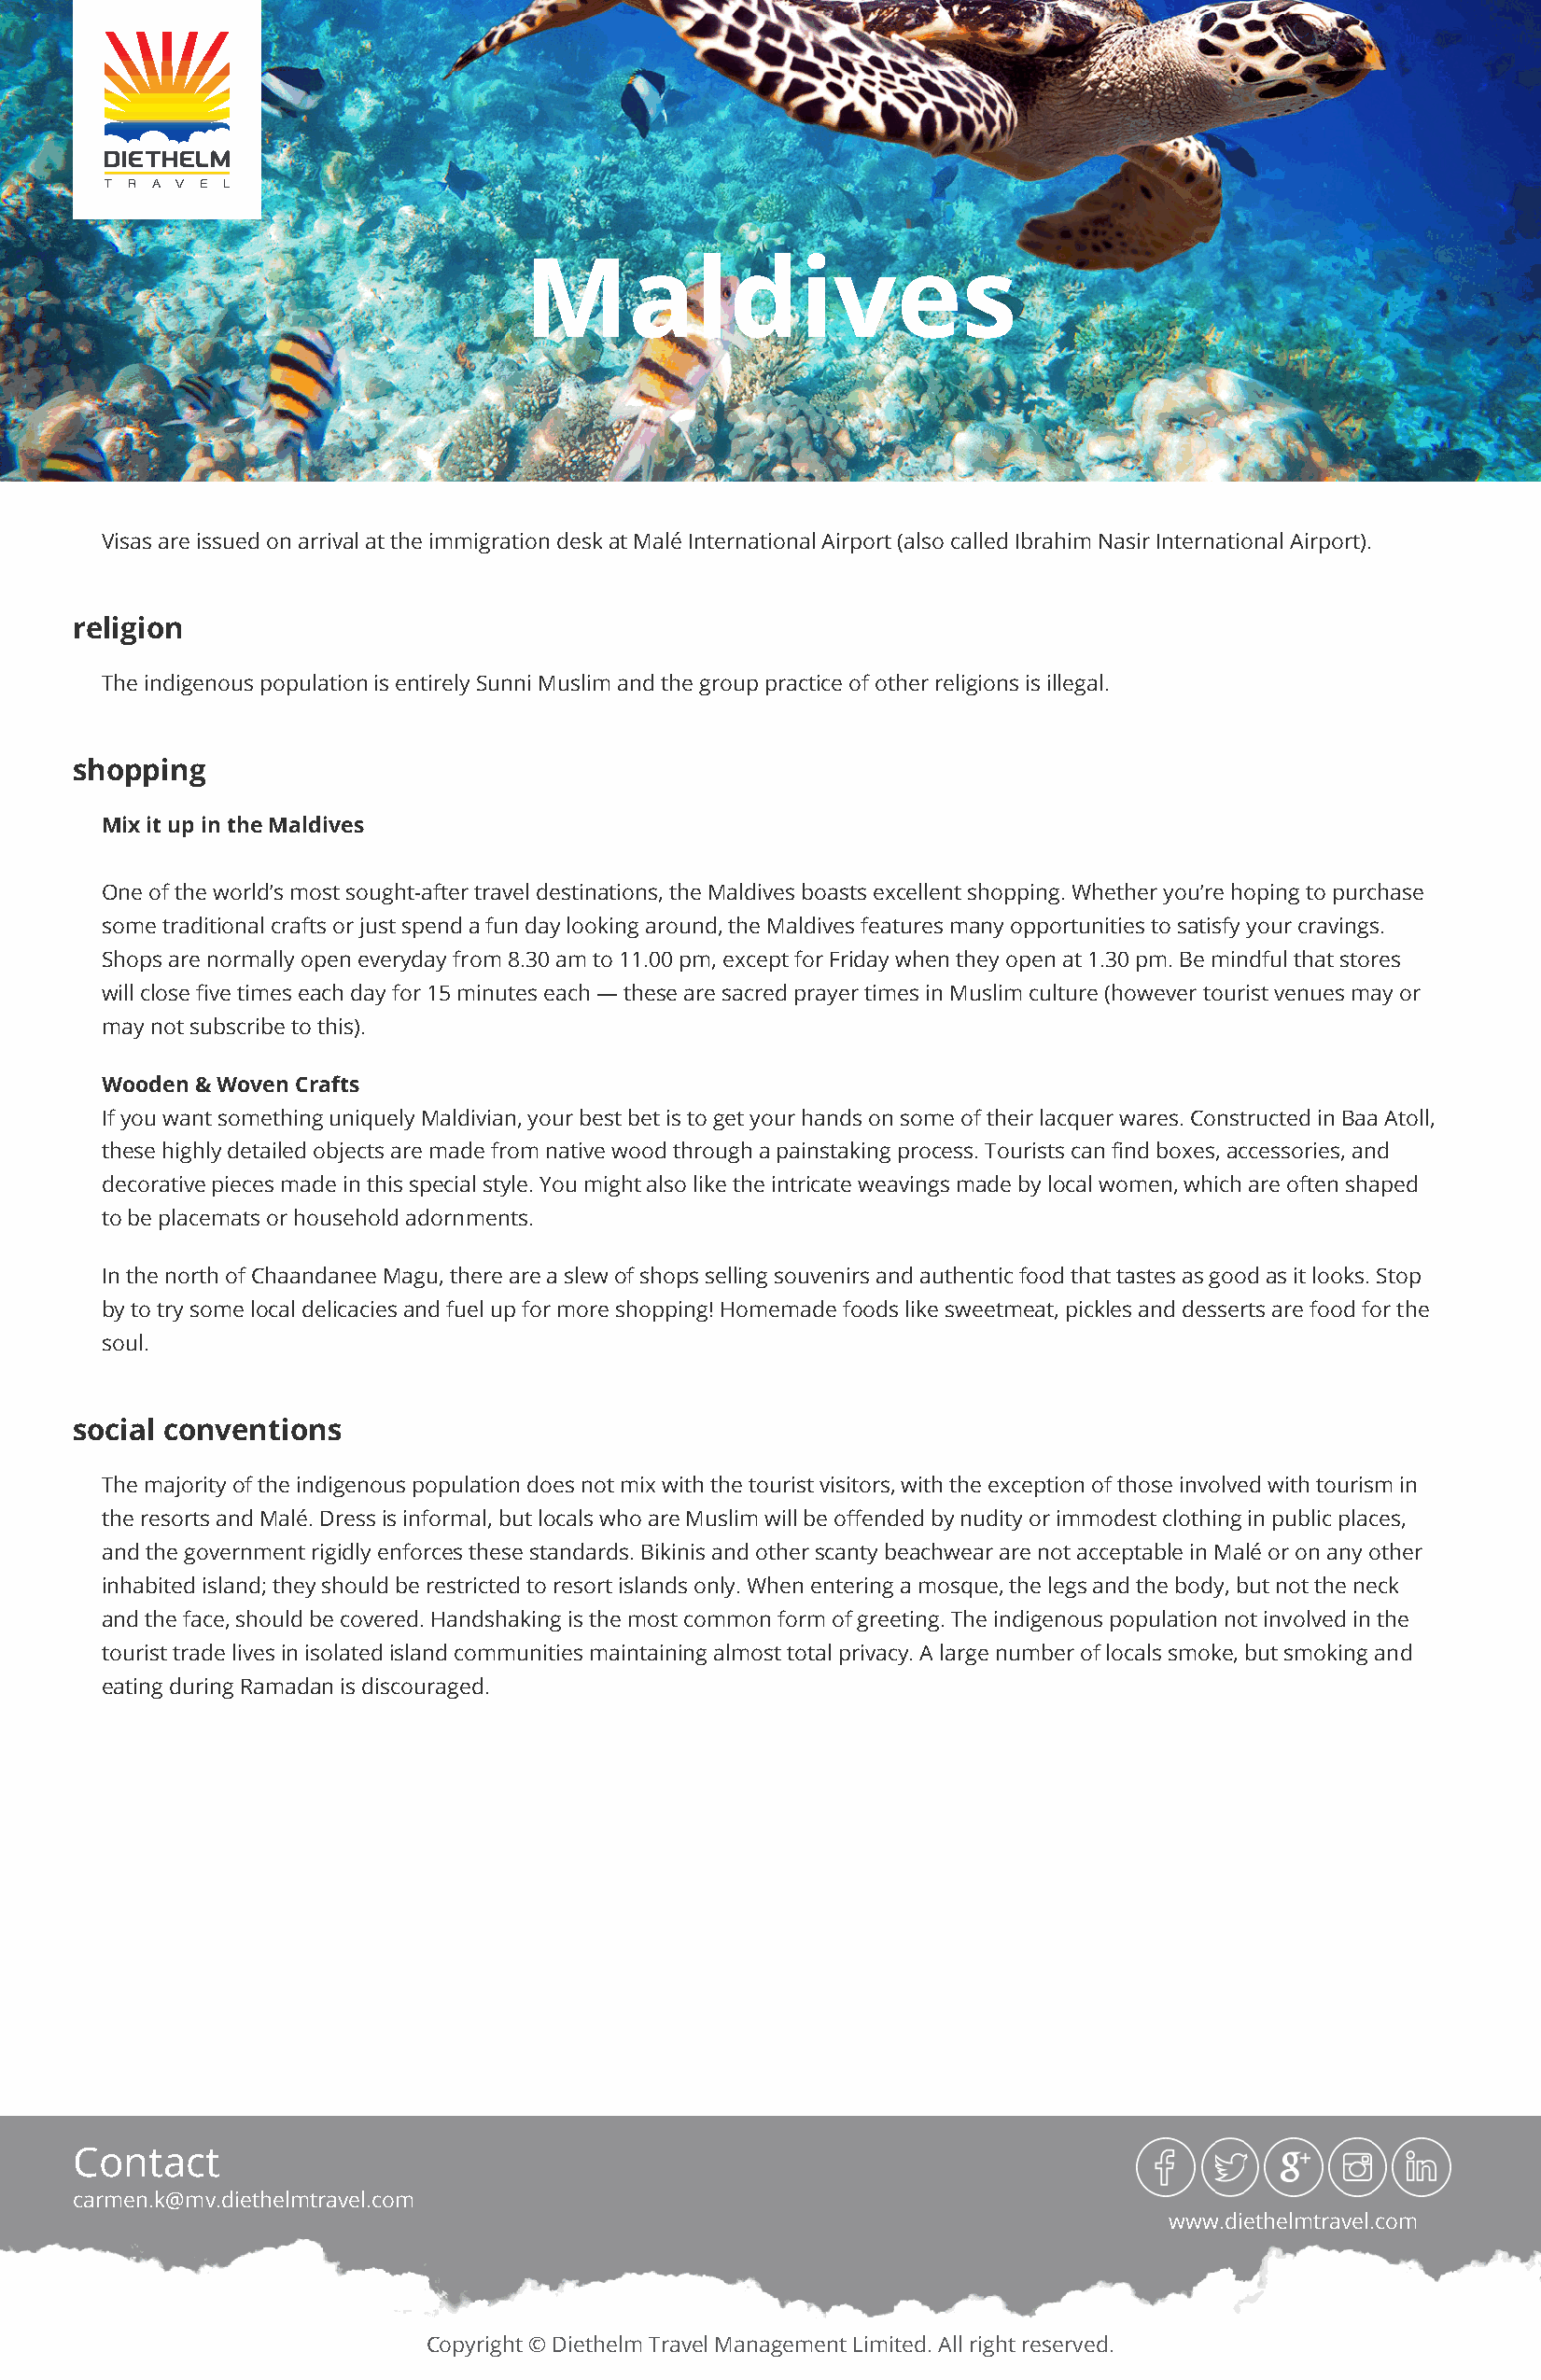
Maldives
 Visas are issued on arrival at the immigration desk at Malé International Airport (also called Ibrahim Nasir International Airport).
 religion
 The indigenous population is entirely Sunni Muslim and the group practice of other religions is illegal.
 shopping
 Mix it up in the Maldives
 One of the world’s most sought-after travel destinations, the Maldives boasts excellent shopping. Whether you’re hoping to purchase
 some traditional crafts or just spend a fun day looking around, the Maldives features many opportunities to satisfy your cravings.
 Shops are normally open everyday from 8.30 am to 11.00 pm, except for Friday when they open at 1.30 pm. Be mindful that stores
 will close five times each day for 15 minutes each — these are sacred prayer times in Muslim culture (however tourist venues may or
 may not subscribe to this).
 Wooden & Woven Crafts
 If you want something uniquely Maldivian, your best bet is to get your hands on some of their lacquer wares. Constructed in Baa Atoll,
 these highly detailed objects are made from native wood through a painstaking process. Tourists can find boxes, accessories, and
 decorative pieces made in this special style. You might also like the intricate weavings made by local women, which are often shaped
 to be placemats or household adornments.
 In the north of Chaandanee Magu, there are a slew of shops selling souvenirs and authentic food that tastes as good as it looks. Stop
 by to try some local delicacies and fuel up for more shopping! Homemade foods like sweetmeat, pickles and desserts are food for the
 soul.
 social conventions
 The majority of the indigenous population does not mix with the tourist visitors, with the exception of those involved with tourism in
 the resorts and Malé. Dress is informal, but locals who are Muslim will be offended by nudity or immodest clothing in public places,
 and the government rigidly enforces these standards. Bikinis and other scanty beachwear are not acceptable in Malé or on any other
 inhabited island; they should be restricted to resort islands only. When entering a mosque, the legs and the body, but not the neck
 and the face, should be covered. Handshaking is the most common form of greeting. The indigenous population not involved in the
 tourist trade lives in isolated island communities maintaining almost total privacy. A large number of locals smoke, but smoking and
 eating during Ramadan is discouraged.
 Contact
 carmen.k@mv.diethelmtravel.com
 www.diethelmtravel.com
 Copyright © Diethelm Travel Management Limited. All right reserved.